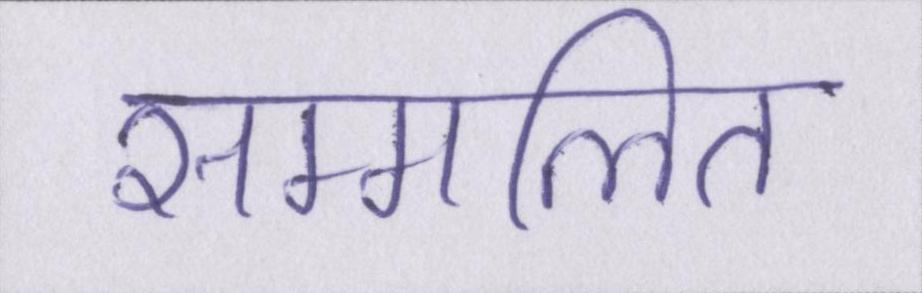
सम्मलित